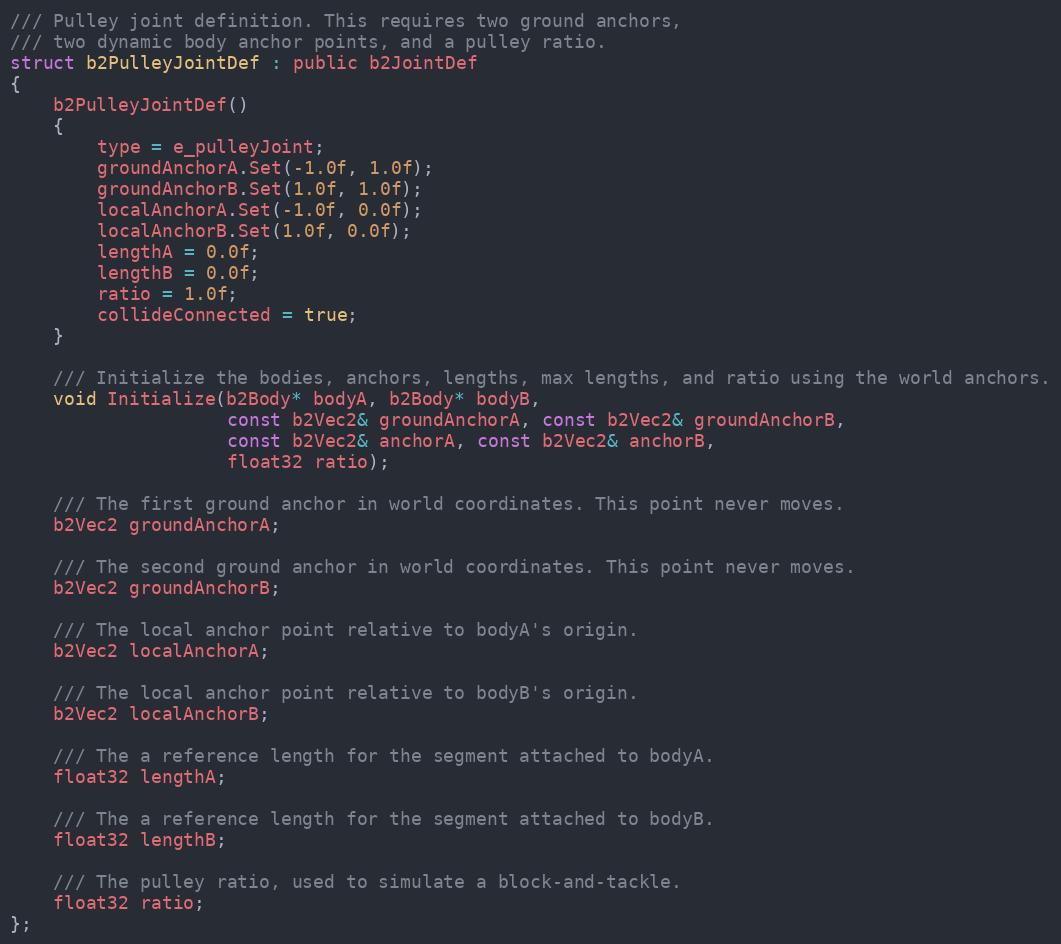
Language: C
/// Pulley joint definition. This requires two ground anchors,
/// two dynamic body anchor points, and a pulley ratio.
struct b2PulleyJointDef : public b2JointDef
{
	b2PulleyJointDef()
	{
		type = e_pulleyJoint;
		groundAnchorA.Set(-1.0f, 1.0f);
		groundAnchorB.Set(1.0f, 1.0f);
		localAnchorA.Set(-1.0f, 0.0f);
		localAnchorB.Set(1.0f, 0.0f);
		lengthA = 0.0f;
		lengthB = 0.0f;
		ratio = 1.0f;
		collideConnected = true;
	}

	/// Initialize the bodies, anchors, lengths, max lengths, and ratio using the world anchors.
	void Initialize(b2Body* bodyA, b2Body* bodyB,
					const b2Vec2& groundAnchorA, const b2Vec2& groundAnchorB,
					const b2Vec2& anchorA, const b2Vec2& anchorB,
					float32 ratio);

	/// The first ground anchor in world coordinates. This point never moves.
	b2Vec2 groundAnchorA;

	/// The second ground anchor in world coordinates. This point never moves.
	b2Vec2 groundAnchorB;

	/// The local anchor point relative to bodyA's origin.
	b2Vec2 localAnchorA;

	/// The local anchor point relative to bodyB's origin.
	b2Vec2 localAnchorB;

	/// The a reference length for the segment attached to bodyA.
	float32 lengthA;

	/// The a reference length for the segment attached to bodyB.
	float32 lengthB;

	/// The pulley ratio, used to simulate a block-and-tackle.
	float32 ratio;
};